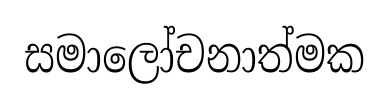
සමාලෝචනාත්මක